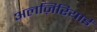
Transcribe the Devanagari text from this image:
अलज़िरियाई